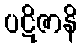
ပဋိဇာနိ